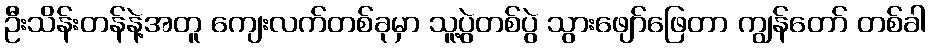
ဦးသိန်းတန်နဲ့အတူ ကျေးလက်တစ်ခုမှာ သူ့ပွဲတစ်ပွဲ သွားဖျော်ဖြေတာ ကျွန်တော် တစ်ခါ